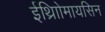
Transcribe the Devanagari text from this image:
ईथ्राोिमायसिन